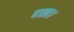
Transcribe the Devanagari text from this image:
दश्त।